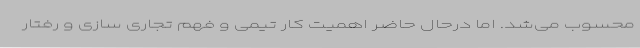
محسوب می‌شد. اما درحال حاضر اهمیت کار تیمی و فهم تجاری سازی و رفتار